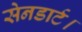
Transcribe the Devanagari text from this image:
सेनडार्ट।